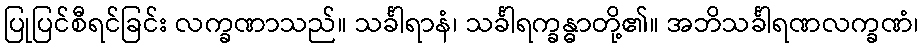
ပြုပြင်စီရင်ခြင်း လက္ခဏာသည်။ သင်္ခါရာနံ၊ သင်္ခါရက္ခန္ဓာတို့၏။ အဘိသင်္ခါရဏလက္ခဏံ၊